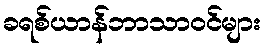
ခရစ်ယာန်ဘာသာဝင်များ